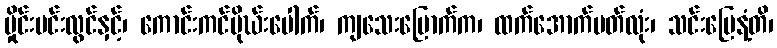
မှိုင်းမင်းလွင်နှင့်၊ ကောင်းကင်မိုဃ်းပေါက်၊ ကျသေးပြောက်က၊ ထက်အောက်ပတ်လုံး၊ သင်းမြေနံ့တိ၊